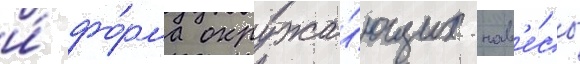
и́ фо́рма окружа́ющих нав'е́сы